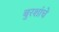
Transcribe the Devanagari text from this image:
बुरशांचे